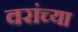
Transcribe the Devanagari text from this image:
वरांच्या